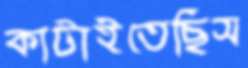
কাটাইতেছিস